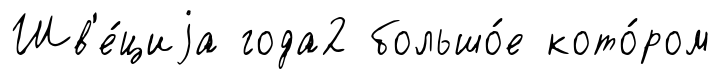
Шв'е́циjа года2 большо́е кото́ром